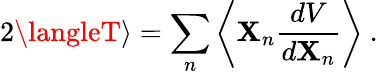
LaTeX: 2\langleT\rangle=\sum_{n}\left\langle\mathbf{X}_{n}{\frac{{dV}}{{d\mathbf{X}_{n}}}}\right\rangle~.